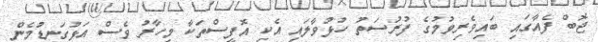
ޖޮބް ފެއާގައި ބައިވެރިވުމުގެ ފުރުސަތު ހުޅުވާލައި އެކި އޮފީސްތަކާ މިހާރު ވެސް އަޅުގަނޑުމެން